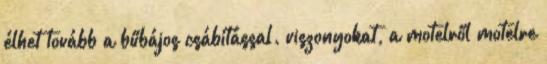
élhet tovább a bűbájos csábítással. viszonyokat, a motelről motelre